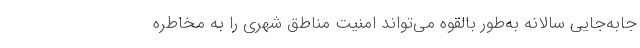
جابه‌جایی سالانه به‌طور بالقوه می‌تواند امنیت مناطق شهری را به مخاطره